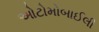
ઓટોમોબાઈલી